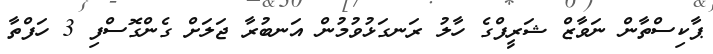
ޕާކިސްތާން ނަވާޒް ޝަރީފްގެ ހާލު ރަނގަޅުވުމުން އަނބުރާ ޖަލަށް ގެންގޮސްފި 3 ހަފްތާ